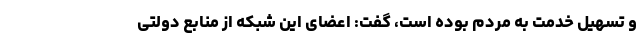
و تسهیل خدمت به مردم بوده است، گفت: اعضای این شبکه از منابع دولتی